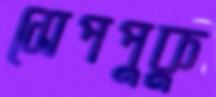
সেপপুকু